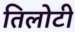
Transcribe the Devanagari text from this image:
तिलोटी